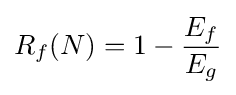
R_{f}(N)=1-{\frac {E_{f}}{E_{g}}}